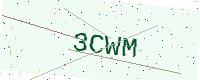
Text: 3CWM